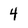
Character: 4